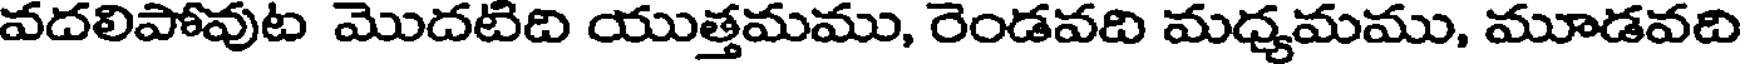
వదలిపోవుట మొదటిది యుత్తమము, రెండవది మధ్యమము, మూడవది